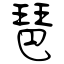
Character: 琶